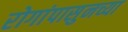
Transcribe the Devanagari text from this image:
रोगांपासुनच्या